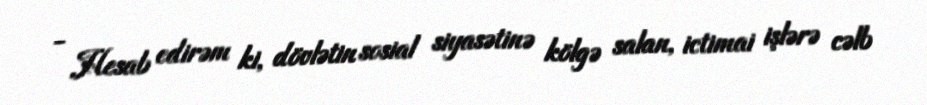
- Hesab edirəm ki, dövlətin sosial siyasətinə kölgə salan, ictimai işlərə cəlb